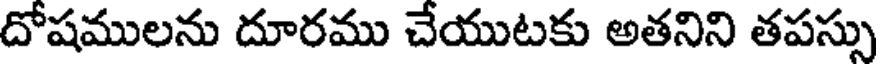
దోషములను దూరము చేయుటకు అతనిని తపస్సు